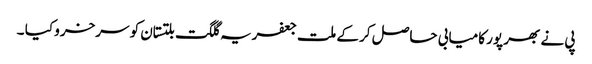
پی نے بھر پور کامیابی حاصل کر کے ملت جعفریہ گلگت بلتستان کو سرخرو کیا ۔